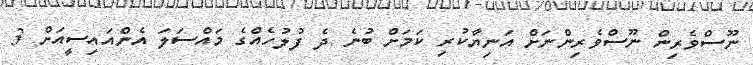
ނޫސްވެރިން ނޫސްވެރިންނަށް އަނިޔާކުރި ކަމަށް ބުނެ ދެ ފުލުހެއްގެ މައްސަލަ އެންއައިސީއަށް 3